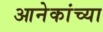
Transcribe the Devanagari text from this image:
आनेकांच्या